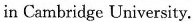
in Cambridge University.